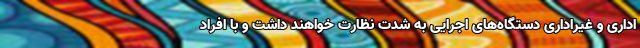
اداری و غیراداری دستگاه‌های اجرایی به شدت نظارت خواهند داشت و با افراد